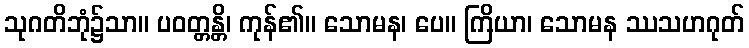
သုဂတိဘုံ၌သာ။ ပဝတ္တန္တိ၊ ကုန်၏။ သောမန၊ ပေ။ ကြိယာ၊ သောမန ဿသဟဂုတ်